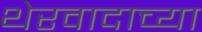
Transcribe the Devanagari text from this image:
थेरवादाच्या